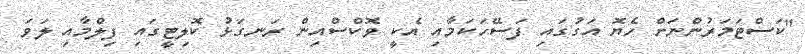
"ކަސްޓަމަރުންނަށް ހެޔޮ އަގުގައި ފަސޭހަކަމާއި އެކީ ވޮކްސްއިން ރަނގަޅު ކޮލިޓީގައި ފިލްމާއި ލަވަ